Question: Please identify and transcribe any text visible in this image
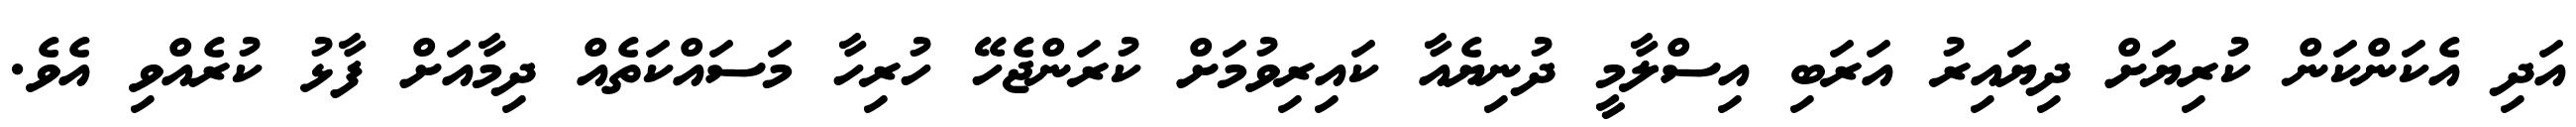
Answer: އަދި އެކަންކަން ކުރިޔަށް ދިޔައިރު އަރަބި އިސްލާމީ ދުނިޔެއާ ކައިރިވުމަށް ކުރަންޖެހޭ ހުރިހާ މަސައްކަތެއް ދިމާއަށް ފާޅު ކުރެއްވި އެވެ.